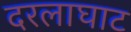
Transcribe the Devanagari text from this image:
दरलाघाट